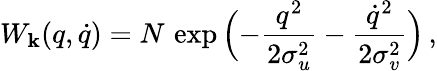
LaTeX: W_{\mathbf{k}}(q,\dot{{q}})=N\, \exp\Big({-}\frac{{q^{2}}}{{2\sigma_{u}^{2}}}-\frac{{\dot{{q}}^{2}}}{{2\sigma_{v}^{2}}}\Big)\, ,